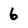
Character: 6